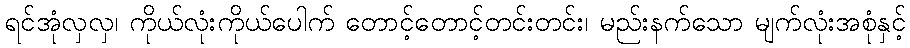
ရင်အုံလှလှ၊ ကိုယ်လုံးကိုယ်ပေါက် တောင့်တောင့်တင်းတင်း၊ မည်းနက်သော မျက်လုံးအစုံနှင့်